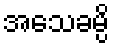
အသေခမ္ပိ